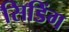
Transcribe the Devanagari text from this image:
सिडिंग